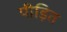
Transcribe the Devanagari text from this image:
पीड़ित